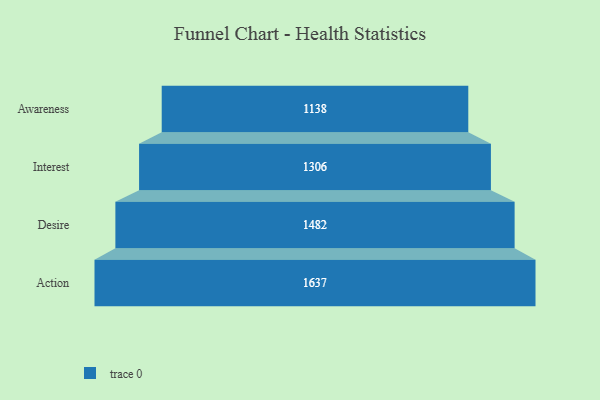
{"axis": {"x": "Stage", "y": "Value"}, "legend": [""], "data": [{"x": "Awareness", "y": 1138.0, "type": ""}, {"x": "Interest", "y": 1306.0, "type": ""}, {"x": "Desire", "y": 1482.0, "type": ""}, {"x": "Action", "y": 1637.0, "type": ""}]}